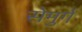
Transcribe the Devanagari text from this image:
सेमुर्ग